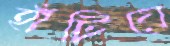
হাঁটিয়ে